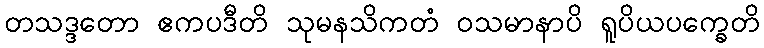
တသဒ္ဒတော ဧကပဒီတိ သုမနသိကတံ ဝသမာနာပိ ရူပိယပက္ခေတိ